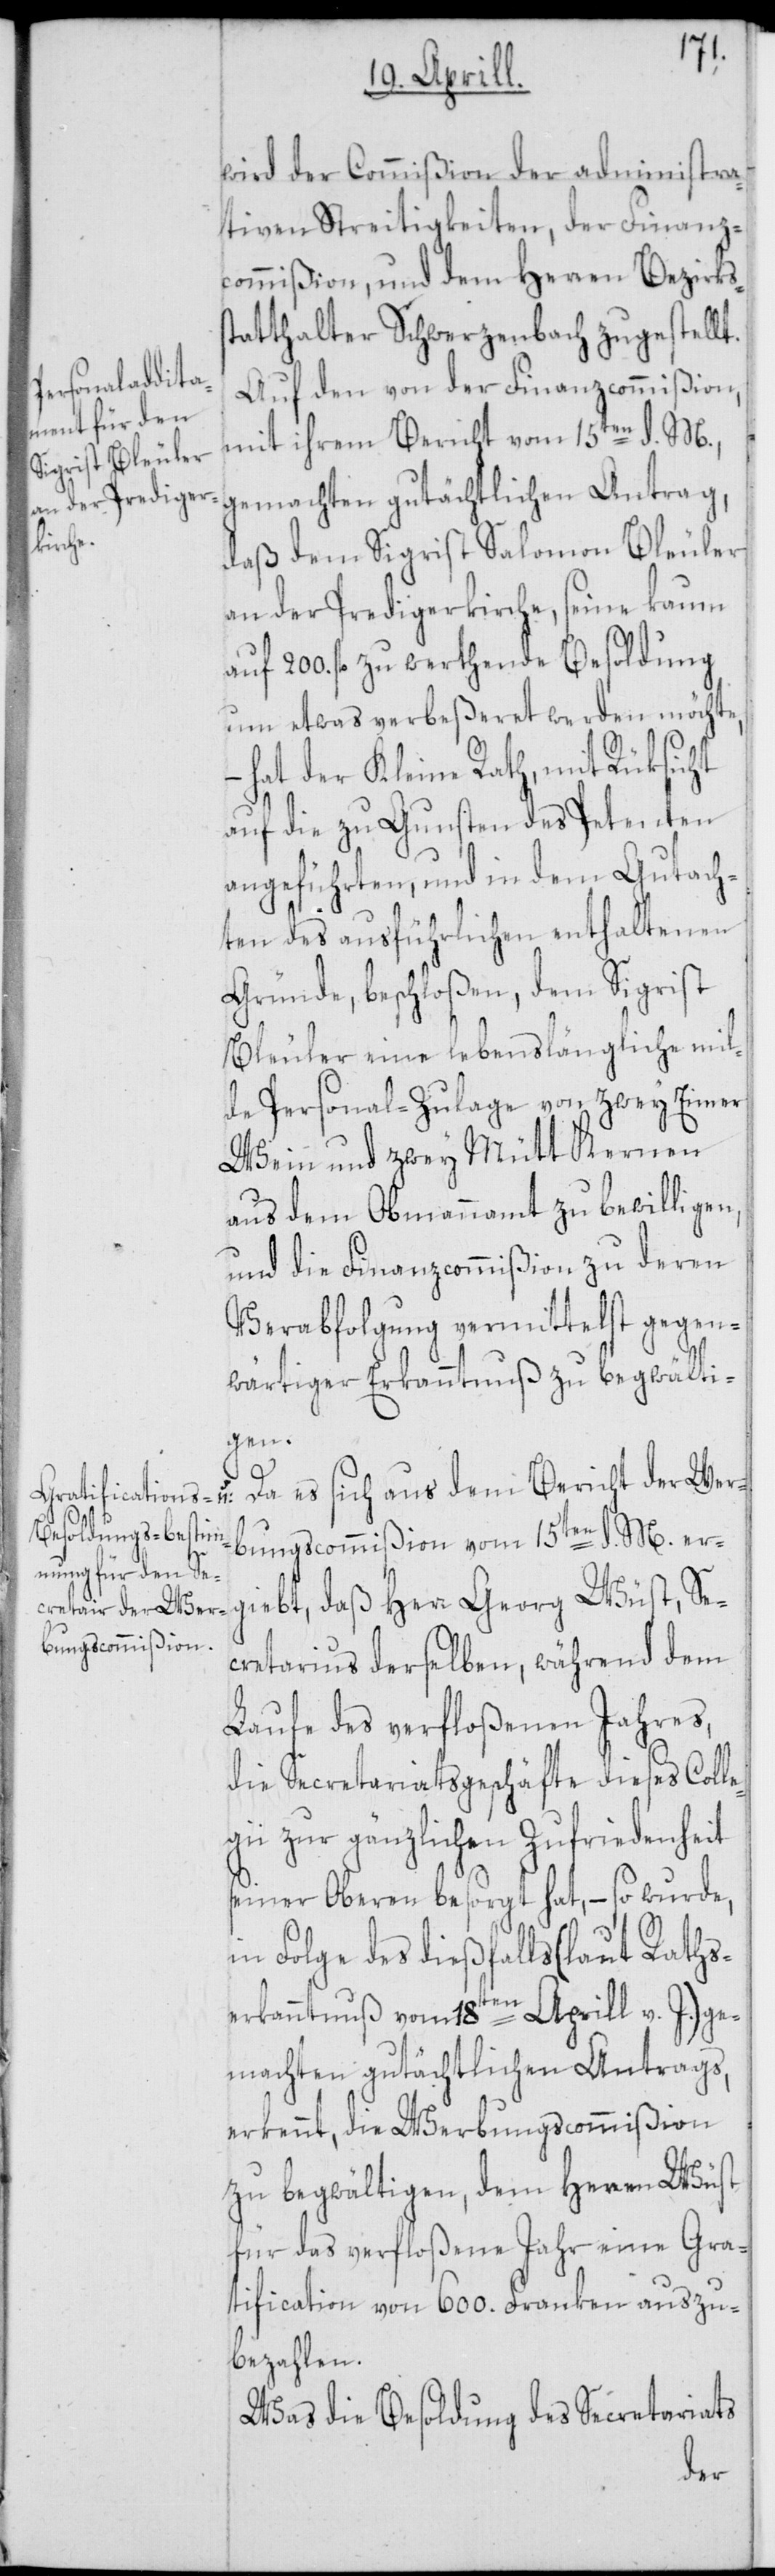
s¬
wird der Commißion der administra¬
tiven Streitigkeiten, der Finanz¬
commißion, und dem Herren Bezirks¬
tatthalter Schwerzenbach zugestellt.
Auf den von der Finanzcommißion,
mit ihrem Bericht vom 15ten d. M.,
gemachten gutächtlichen Antrag,
daß dem Sigrist Salomon Bleuler
an der Predigerkirche, seine kaum
auf 200. fl. zu werthende Besoldung
um etwas verbeßeret werden möchte,
– hat der Kleine Rath, mit Rüksicht
auf die zu Gunsten des Petenten
angeführten, und in dem Gutach¬
ten des ausführlichen enthaltenen
Gründe, beschloßen, dem Sigrist
Bleuler eine lebenslängliche mil¬
de Personal-Zulage von zwey Eimer
Wein und zwey Mütt Kernen
aus dem Obmannamt zu bewilligen,
und die Finanzcommißion zu deren
Verabfolgung vermittelst gegen¬
wärtiger Erkanntnuß zu begwälti¬
gen.
Da es sich aus dem Bericht der Wer¬
bungscommißion vom 15ten d. M. erg¬
iebt, daß Herr Georg Wüst, Se¬
cretarius derselben, während dem
Laufe des verfloßenen Jahres,
die Secretariatsgeschäfte dieses Coll¬
egii zur gänzlichen Zufriedenheit
seiner Oberen besorgt hat, – so wurde,
in Folge des dießfalls (laut Raths¬
erkanntnuß vom 18ten Aprill v. J.) ge¬
machten gutächtlichen Antrags,
erkennt, die Werbungscommißion
zu begwältigen, dem Herren Wüst
für das verfloßene Jahr eine Gra¬
tification von 600. Franken auszu¬
bezahlen.
Was die Besoldung des Secretariats